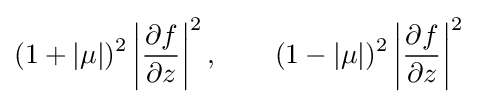
(1+|\mu |)^{2}\left|{\frac {\partial f}{\partial z}}\right|^{2},\qquad (1-|\mu |)^{2}\left|{\frac {\partial f}{\partial z}}\right|^{2}